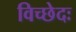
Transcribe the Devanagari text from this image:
विच्छेदः